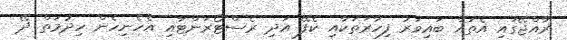
ރާއްޖޭގައި އެތައް ބައިވަރު ފިހާރަތަކާއި ކެފޭ އަދި ރެސްޓޯރަންޓާއި އެހެނިހެން ހިދުމަތް ދޭ